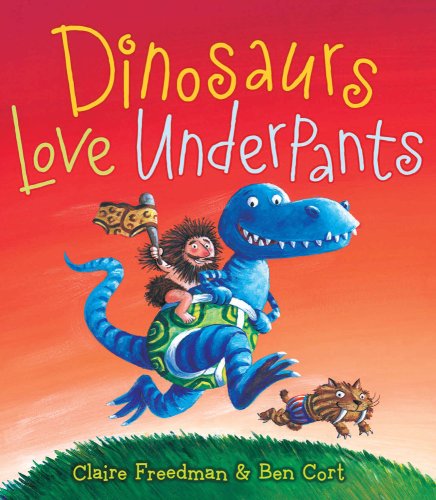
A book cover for Dinosaurs Love Underpants (The Underpants Books); Claire Freedman; Children's Books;